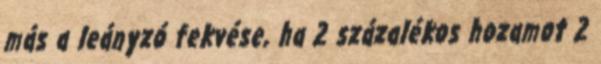
más a leányzó fekvése, ha 2 százalékos hozamot 2